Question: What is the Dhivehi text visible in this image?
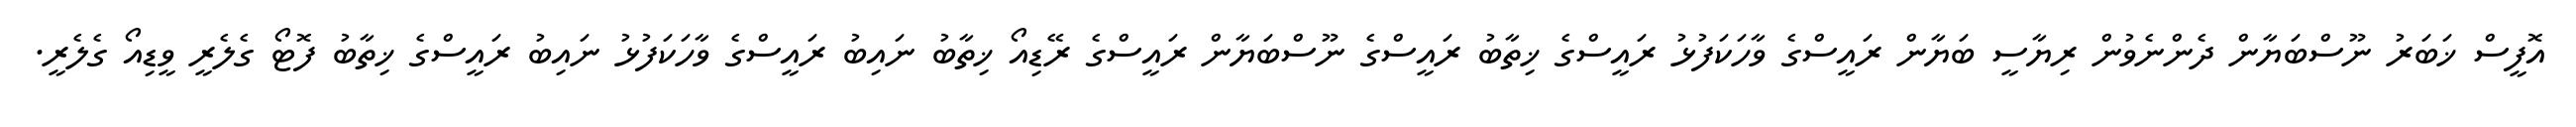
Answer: އޮފީސް ޚަބަރު ނޫސްބަޔާން ދެންނެވުން ރިޔާސީ ބަޔާން ރައީސްގެ ވާހަކަފުޅު ރައީސްގެ ޚިތާބު ރައީސްގެ ނޫސްބަޔާން ރައީސްގެ ރޭޑިއޯ ޚިތާބު ނައިބު ރައީސްގެ ވާހަކަފުޅު ނައިބު ރައީސްގެ ޚިތާބު ފޮޓޯ ގެލެރީ ވީޑިއޯ ގެލެރީ.